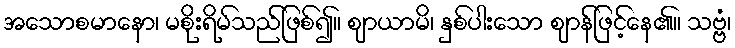
အသောစမာနော၊ မစိုးရိမ်သည်ဖြစ်၍။ ဈာယာမိ၊ နှစ်ပါးသော ဈာန်ဖြင့်နေ၏။ သဗ္ဗံ၊